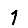
Digit: 1